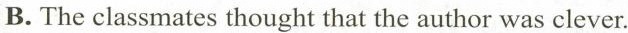
B.The classmates thought that the auther was clever.